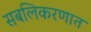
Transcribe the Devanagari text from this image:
सबलिकरणात